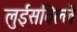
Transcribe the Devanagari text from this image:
लुईसविल्ले